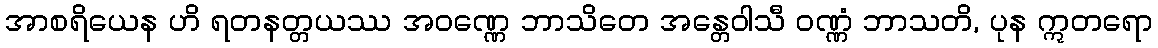
အာစရိယေန ဟိ ရတနတ္တယဿ အဝဏ္ဏေ ဘာသိတေ အန္တေဝါသီ ဝဏ္ဏံ ဘာသတိ, ပုန ဣတရော